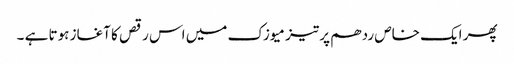
پھر ایک خاص ردھم پر تیز میوزک میں اس رقص کا آغاز ہوتا ہے ۔